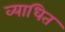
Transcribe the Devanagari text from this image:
व्याधित